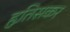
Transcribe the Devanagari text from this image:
हृतिसकर